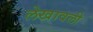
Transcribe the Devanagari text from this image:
लेखावली